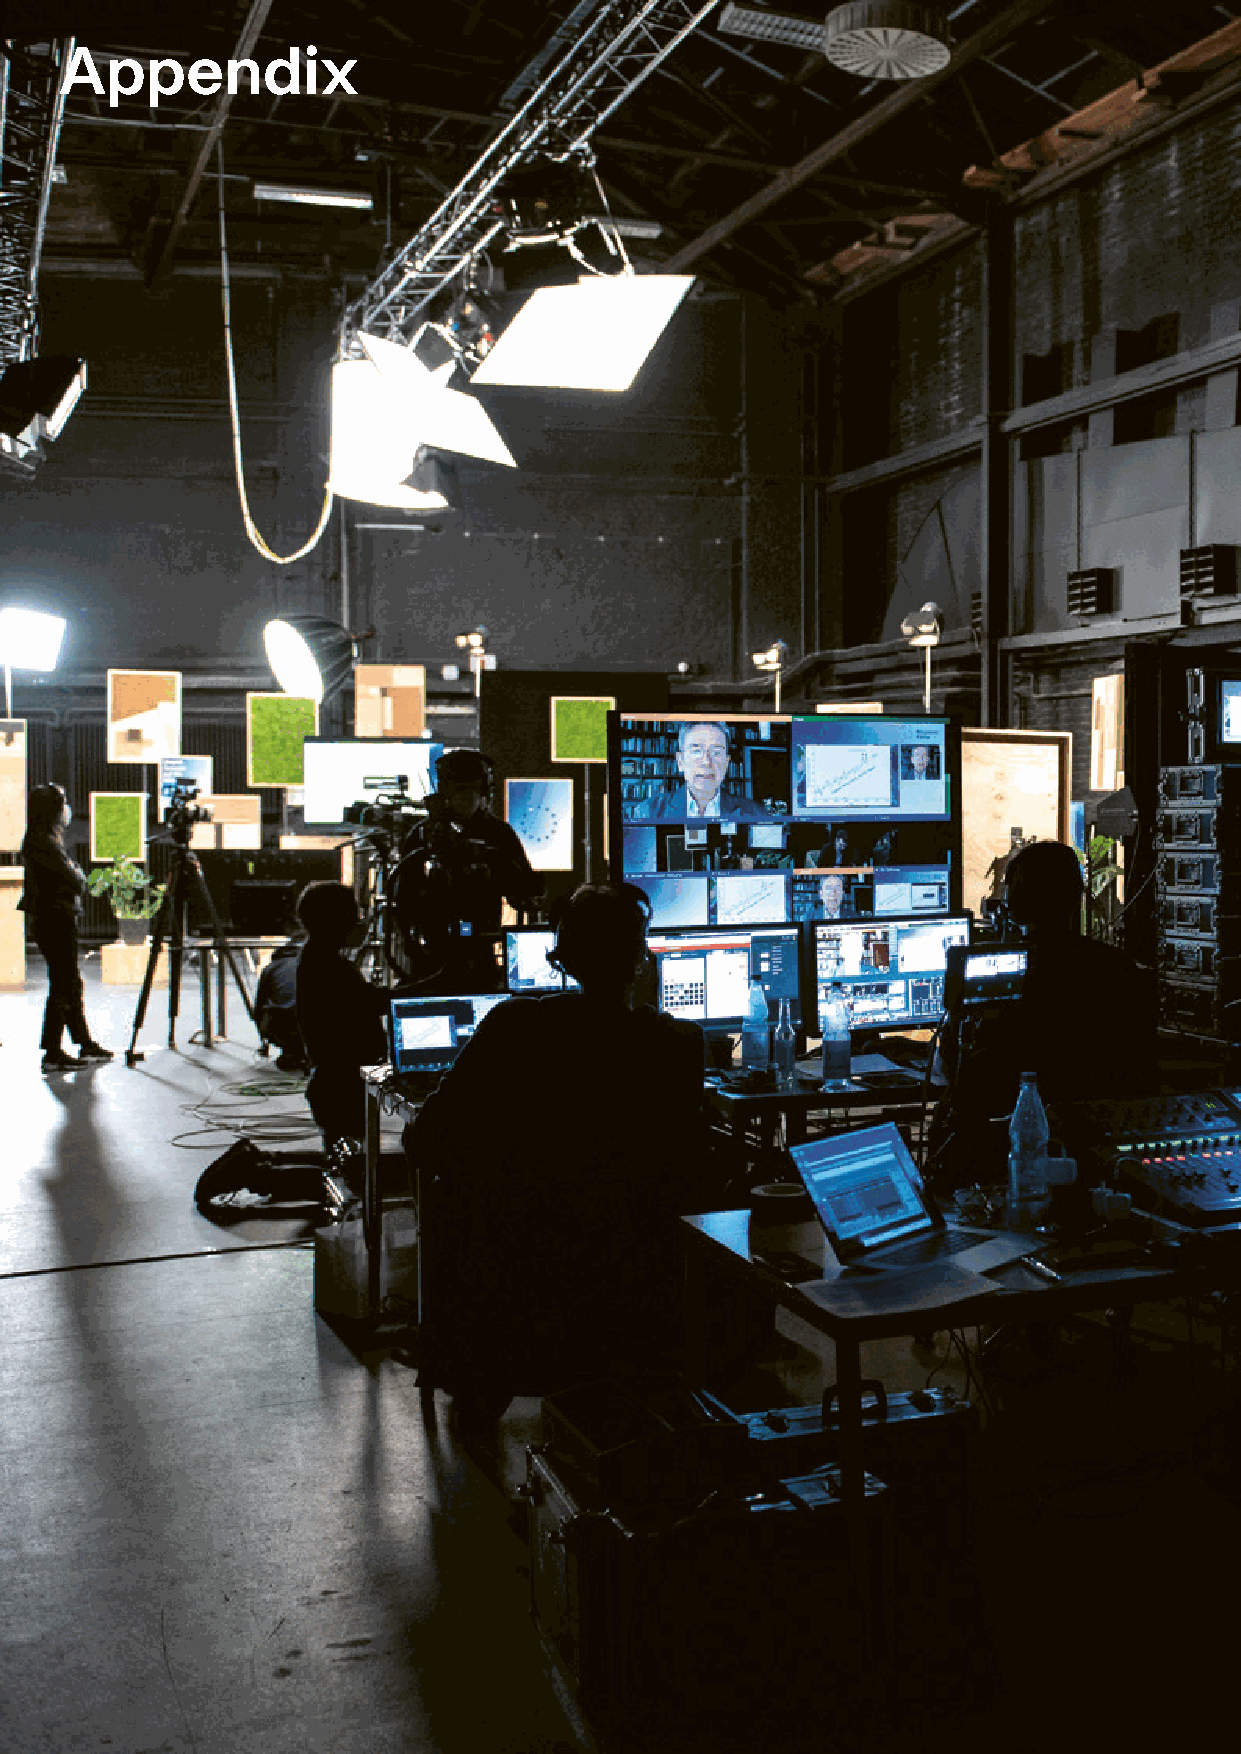
Appendix
 Recommendations for German climate policy                                91